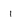
Character: i